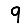
Digit: 9